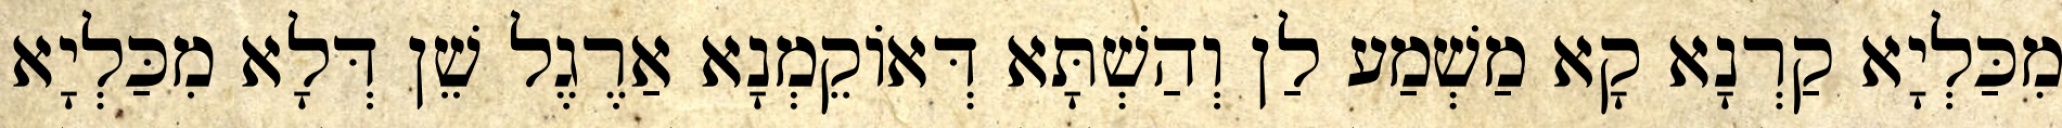
מִכַּלְיָא קַרְנָא קָא מַשְׁמַע לַן וְהַשְׁתָּא דְּאוֹקֵמְנָא אַרֶגֶל שֵׁן דְּלָא מִכַּלְיָא